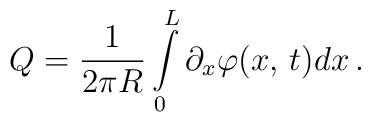
Q=\frac{1}{2\pi R}\int\limits ^{L}_{0}\partial _{x}\varphi (x,\, t)dx\, .